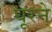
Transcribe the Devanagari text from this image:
घूरने